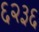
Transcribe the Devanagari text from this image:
६२३६